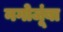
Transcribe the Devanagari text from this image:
नगोजूंबा